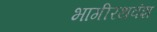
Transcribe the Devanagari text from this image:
भागीरथवंश